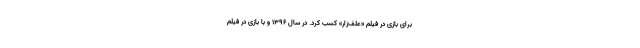
برای بازی در فیلم «علف‌زار» کسب کرد. در سال ۱۳۹۶ و با بازی در فیلم